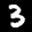
Label: 3